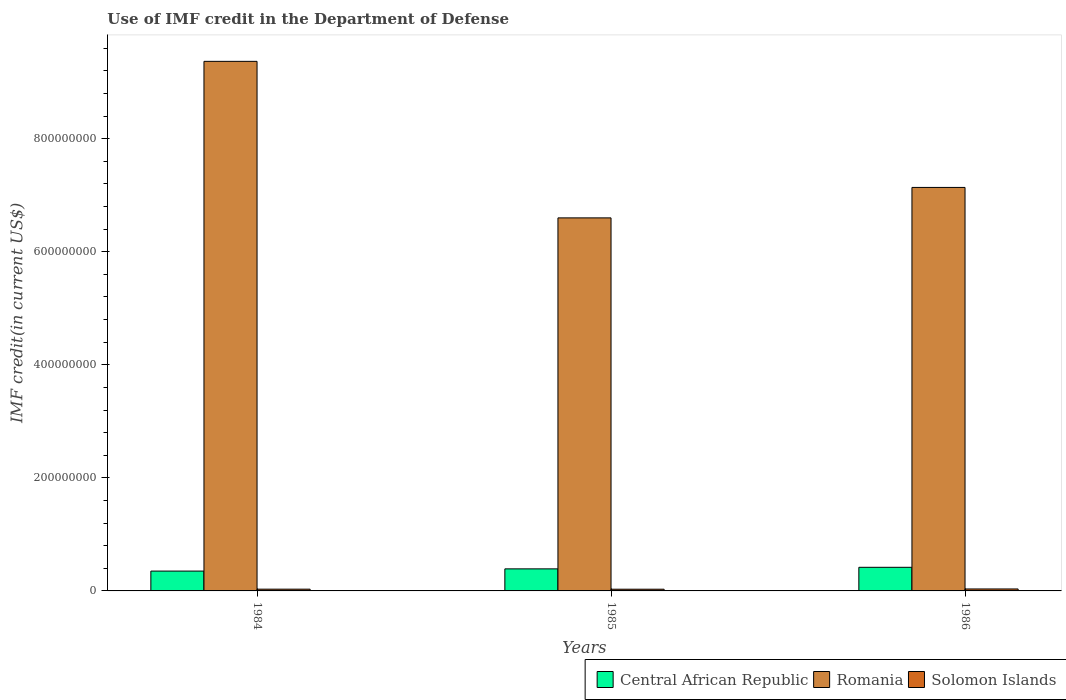
| Years | Central African Republic | Romania | Solomon Islands |
 | --- | --- | --- | --- |
 | 1984 | 3.51e+07 | 9.37e+08 | 3.1e+06 |
 | 1985 | 3.9e+07 | 6.6e+08 | 3.03e+06 |
 | 1986 | 4.18e+07 | 7.14e+08 | 3.46e+06 |